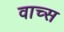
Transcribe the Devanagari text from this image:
वाच्स